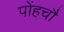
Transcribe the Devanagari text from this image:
पोंहचौ